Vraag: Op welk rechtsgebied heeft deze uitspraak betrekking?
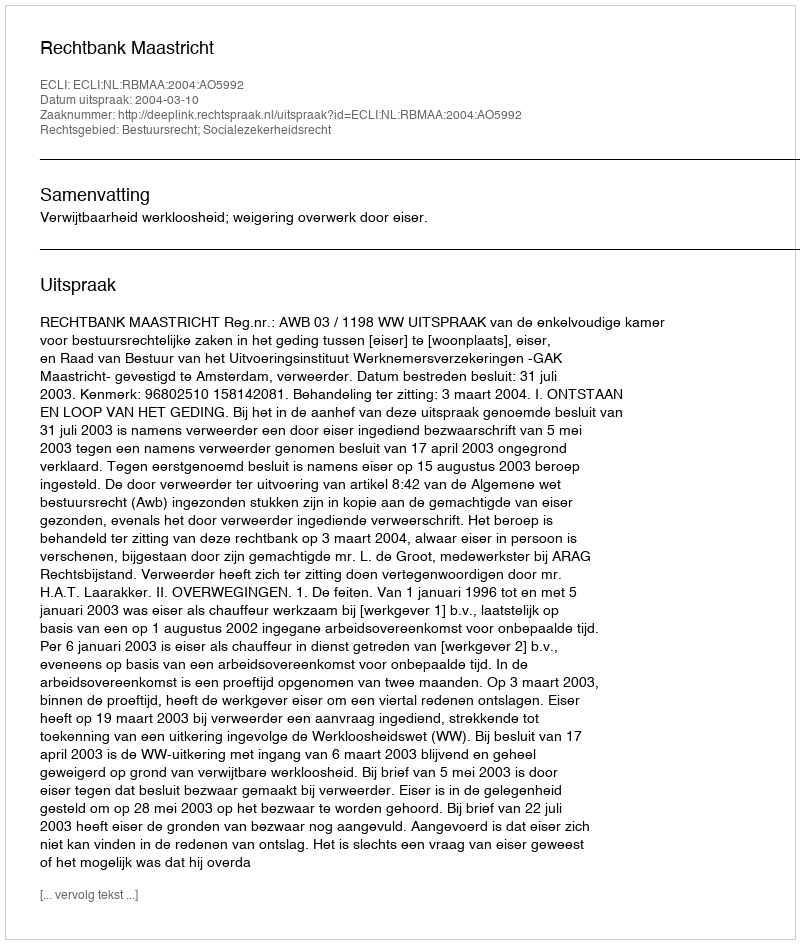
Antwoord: Bestuursrecht; Socialezekerheidsrecht